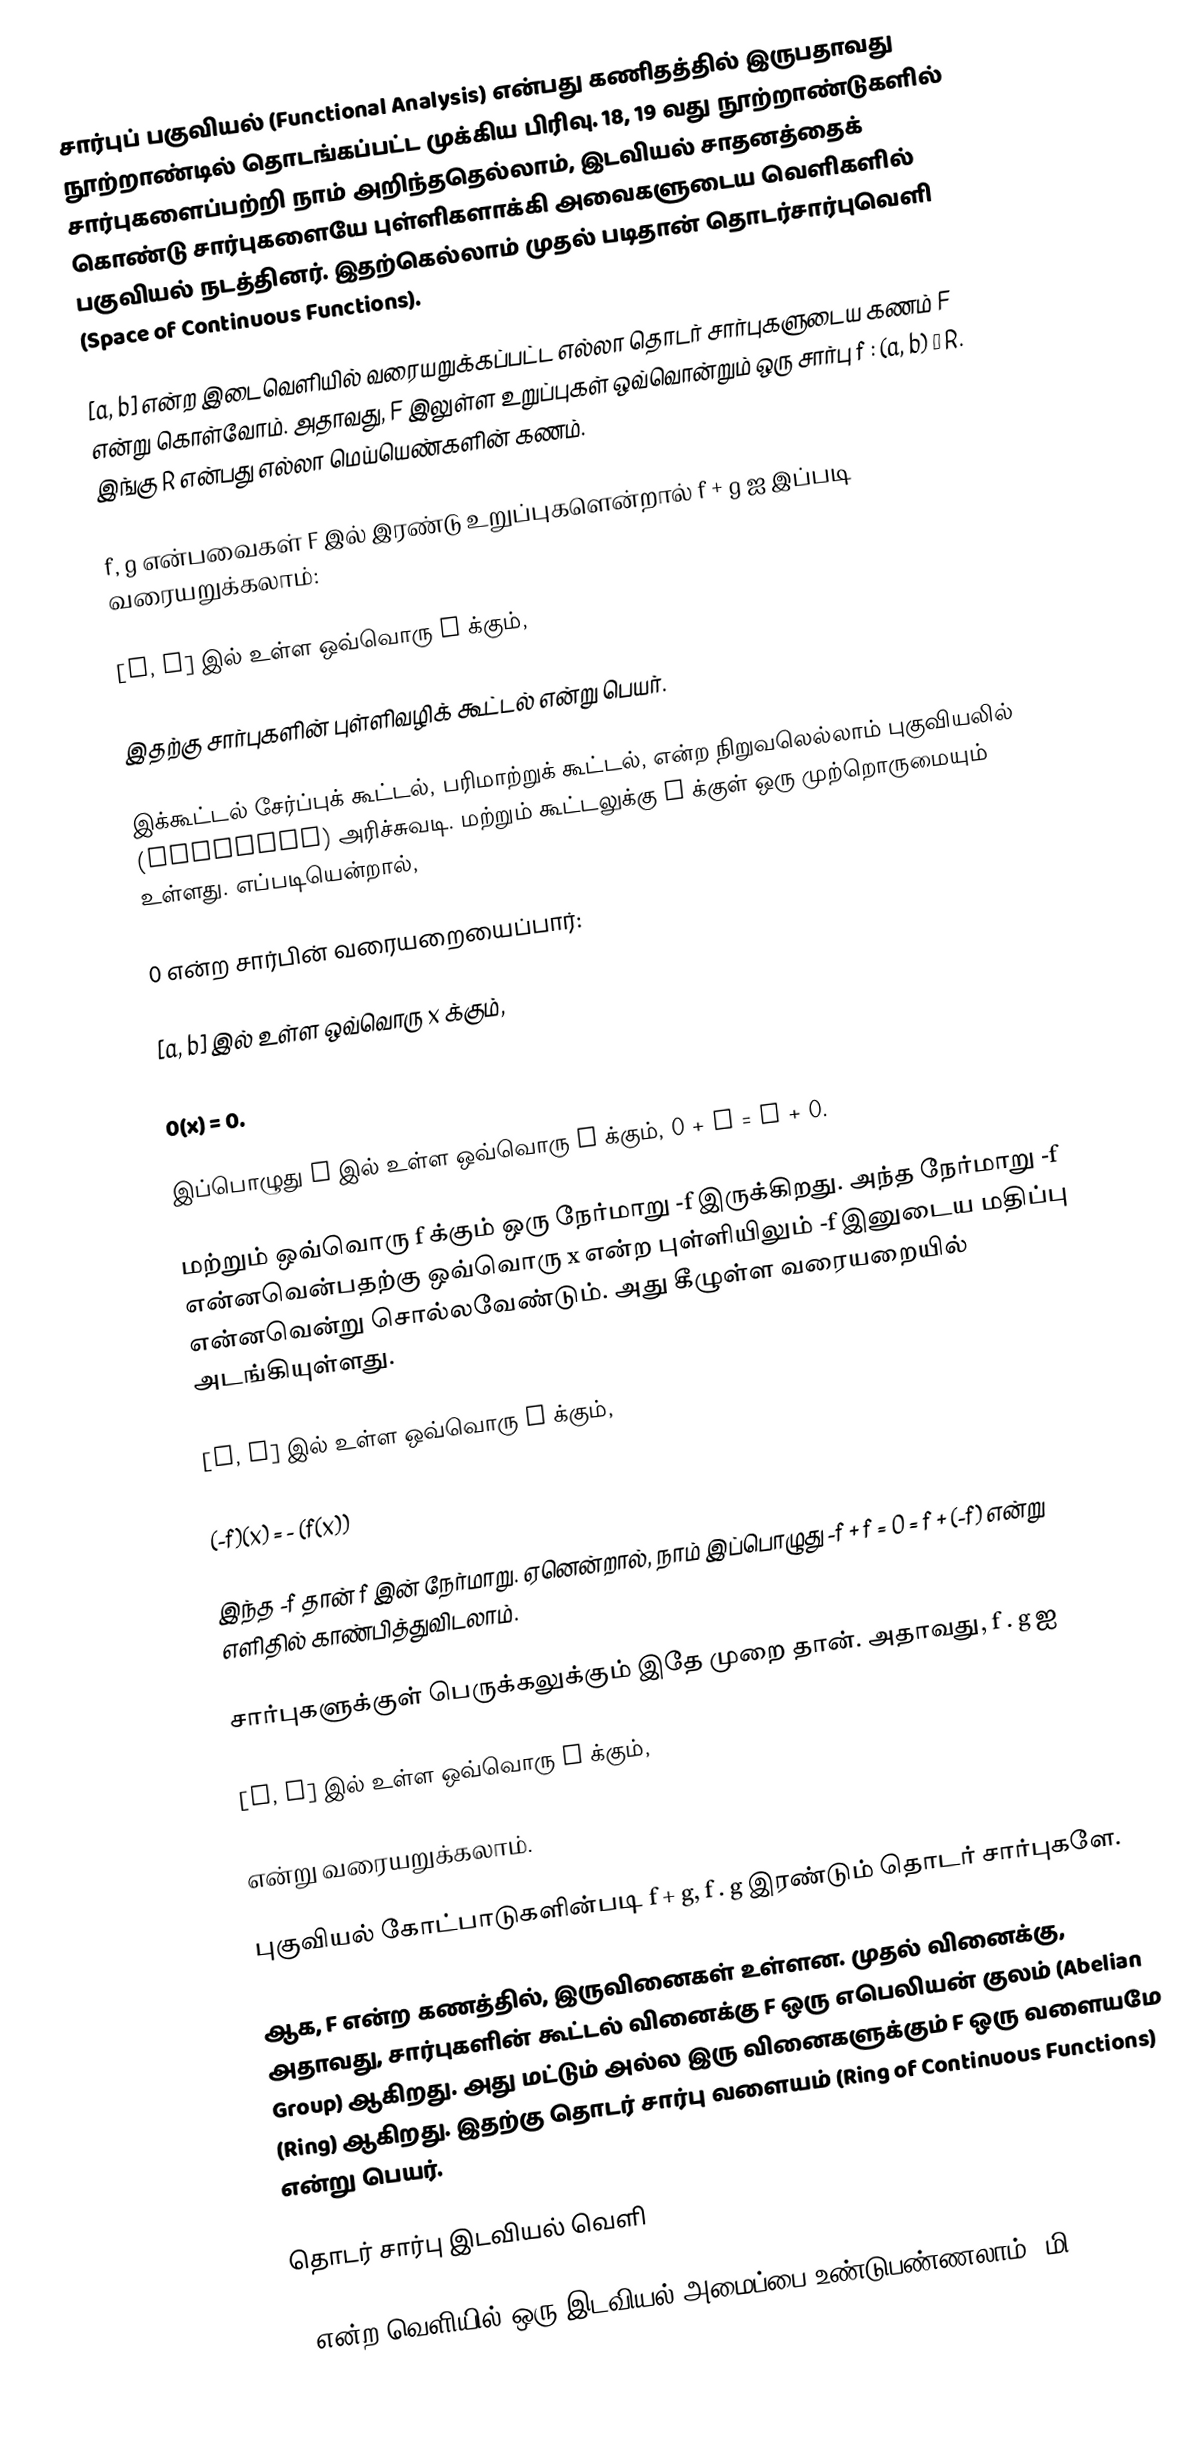
சார்புப் பகுவியல் (Functional Analysis)  என்பது கணிதத்தில் இருபதாவது நூற்றாண்டில் தொடங்கப்பட்ட முக்கிய பிரிவு. 18, 19 வது நூற்றாண்டுகளில் சார்புகளைப்பற்றி நாம் அறிந்ததெல்லாம், இடவியல் சாதனத்தைக் கொண்டு  சார்புகளையே புள்ளிகளாக்கி அவைகளுடைய வெளிகளில் பகுவியல் நடத்தினர். இதற்கெல்லாம் முதல் படிதான் தொடர்சார்புவெளி  (Space of Continuous Functions).

[a, b] என்ற இடைவெளியில் வரையறுக்கப்பட்ட எல்லா தொடர் சார்புகளுடைய கணம் F  என்று கொள்வோம்.  அதாவது,  F இலுள்ள உறுப்புகள் ஒவ்வொன்றும் ஒரு சார்பு f  :  (a, b) →  R.  இங்கு  R என்பது எல்லா மெய்யெண்களின் கணம்.

f, g என்பவைகள் F  இல்  இரண்டு உறுப்புகளென்றால்   f + g ஐ இப்படி வரையறுக்கலாம்:

[a, b] இல் உள்ள ஒவ்வொரு   x  க்கும்,

இதற்கு சார்புகளின் புள்ளிவழிக் கூட்டல்  என்று பெயர்.

இக்கூட்டல்  சேர்ப்புக் கூட்டல், பரிமாற்றுக் கூட்டல், என்ற நிறுவலெல்லாம் புகுவியலில் (Analysis) அரிச்சுவடி.  மற்றும் கூட்டலுக்கு F   க்குள் ஒரு முற்றொருமையும்  உள்ளது.   எப்படியென்றால்,

0 என்ற சார்பின் வரையறையைப்பார்:

[a, b] இல் உள்ள ஒவ்வொரு  x  க்கும்,

0(x) =  0.

இப்பொழுது  F  இல் உள்ள ஒவ்வொரு    f க்கும்,  0 + f  =  f + 0.

மற்றும்  ஒவ்வொரு  f க்கும்  ஒரு நேர்மாறு   -f    இருக்கிறது. அந்த நேர்மாறு  -f  என்னவென்பதற்கு   ஒவ்வொரு x என்ற புள்ளியிலும் -f இனுடைய மதிப்பு என்னவென்று சொல்லவேண்டும். அது கீழுள்ள வரையறையில் அடங்கியுள்ளது.

[a, b] இல் உள்ள ஒவ்வொரு x  க்கும்,

(-f)(x)  =  - (f(x))

இந்த -f தான்  f   இன் நேர்மாறு. ஏனென்றால்,  நாம் இப்பொழுது  -f  +  f  =  0  =  f  +  (-f)  என்று எளிதில் காண்பித்துவிடலாம்.

சார்புகளுக்குள்  பெருக்கலுக்கும் இதே முறை தான்.  அதாவது,  f . g  ஐ

[a, b] இல் உள்ள ஒவ்வொரு  x  க்கும்,

என்று வரையறுக்கலாம்.

புகுவியல் கோட்பாடுகளின்படி  f + g,  f . g  இரண்டும்  தொடர் சார்புகளே.

ஆக,  F  என்ற கணத்தில், இருவினைகள் உள்ளன. முதல் வினைக்கு, அதாவது, சார்புகளின் கூட்டல் வினைக்கு F ஒரு எபெலியன் குலம் (Abelian Group) ஆகிறது. அது மட்டும் அல்ல இரு வினைகளுக்கும் F ஒரு வளையமே (Ring) ஆகிறது. இதற்கு தொடர் சார்பு வளையம்  (Ring of Continuous Functions) என்று பெயர்.

தொடர் சார்பு இடவியல் வெளி

F  என்ற வெளியில் ஒரு இடவியல் அமைப்பை உண்டுபண்ணலாம். மி